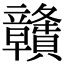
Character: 𥫔